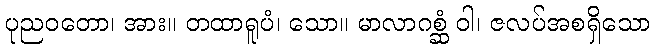
ပုညဝတော၊ အား။ တထာရူပံ၊ သော။ မာလာဂစ္ဆံ ဝါ၊ ဇလပ်အစရှိသော